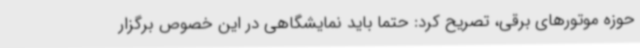
حوزه موتورهای برقی، تصریح کرد: حتما باید نمایشگاهی در این خصوص برگزار